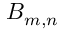
B _ { m , n }